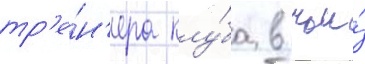
тр'е́н'ера клу́ба в чьи́